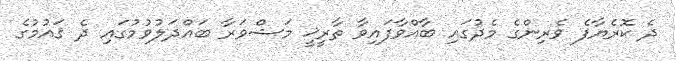
ދެ ކޮރެޔާފެ ވެރިންގެ މެދުގައި ބާއްވާފައިވާ ތާރީޚީ މަޝްވަރާ ބައްދަލުވުމުގައި ދެ ޤައުމުގެ